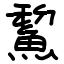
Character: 鯬